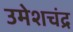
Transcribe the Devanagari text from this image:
उमेशचंद्र